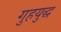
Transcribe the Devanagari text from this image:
गुहयुद्ध